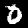
Digit: 0